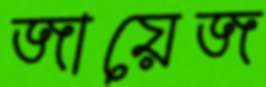
জায়েজ